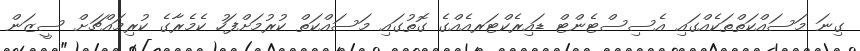
ގިނަ މަސައްކަތްތަކެއްގައި އެސިސްޓެންޓް ޑައިރެކްޓަރއެއްގެ ގޮތުގައި މަސައްކަތް ކުރުމަށްފަހު ކެމެރާގެ ކުރިމައްޗަށް ސީޒަން